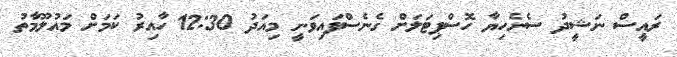
ރައީސް ނަޝީދު ސެނެހިޔާ ހޮސްޕިޓަލަށް ގެނެސްފައިވަނީ މިއަދު 12:30 ހާއިރު ކަމަށް މައުލޫމާތު